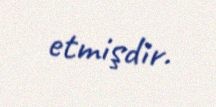
etmişdir.